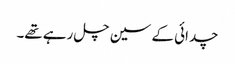
چدائی کے سین چل رہے تھے۔